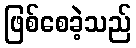
ဖြစ်စေခဲ့သည်